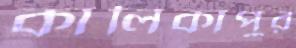
কালিকাপুর